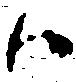
ハ